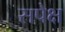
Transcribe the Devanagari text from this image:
सपेक्ष